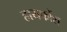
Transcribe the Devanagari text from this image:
हायफोंश